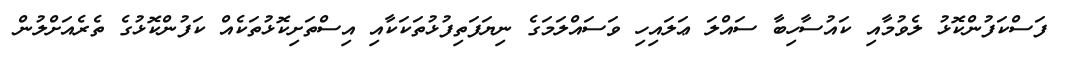
ފަސްކަފުންކޮޅު ލެވުމާއި ކައުސާހިބާ ސައްލަ ޢަލައިހި ވަސައްލަމަގެ ނިޔަފަތިފުޅުތަކަކާއި އިސްތަށިކޮޅުތަކެއް ކަފުންކޮޅުގެ ތެރެއަށްލުން